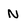
Character: N